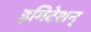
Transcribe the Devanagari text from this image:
इमिटेशन्